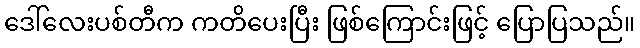
ဒေါ်လေးပစ်တီက ကတိပေးပြီး ဖြစ်ကြောင်းဖြင့် ပြောပြသည်။